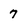
Character: 7